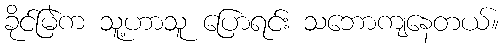
ခိုင်မြဲက သူ့ဟာသူ ပြောရင်း သဘောကျနေတယ်။